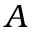
\boldsymbol { A }